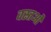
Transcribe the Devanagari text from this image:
वस्‍तओं